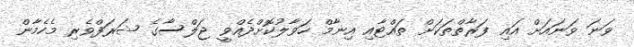
ވަނަ ވަނައަށް އައި ފަރާތްތަކަށް ތައްޓާއި އިނާމް ހަވާލުކޮށްދެއްވީ ޖަލްސާގެ ޝަރަފްވެރި މެހެމާން